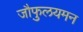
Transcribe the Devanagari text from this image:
जौफुलयमन